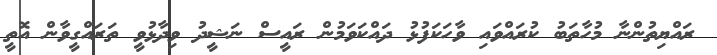
ރައްޔިތުންނާ މުހާތަބު ކުރައްވައި ވާހަކަފުޅު ދައްކަވަމުން ރައީސް ނަޝީދު ވިދާޅުވީ ތަރައްގީވާން އޮތީ